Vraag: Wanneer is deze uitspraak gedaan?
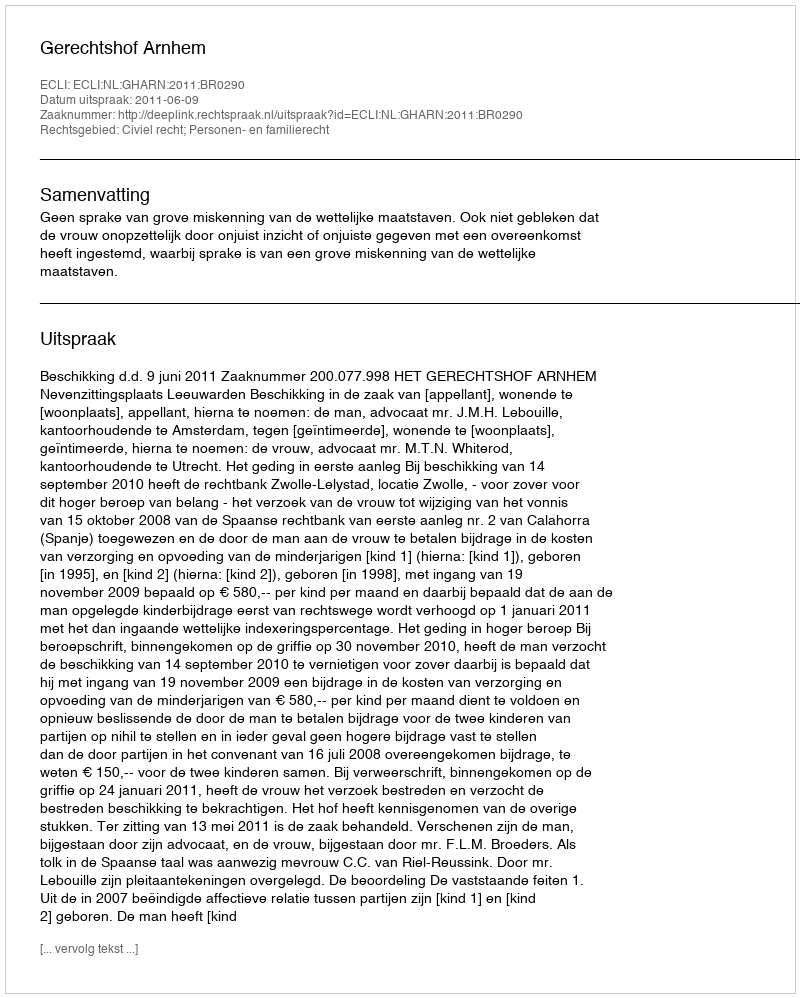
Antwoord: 2011-06-09